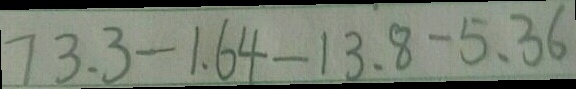
7 3 . 3 - 1 . 6 4 - 1 3 . 8 - 5 . 3 6